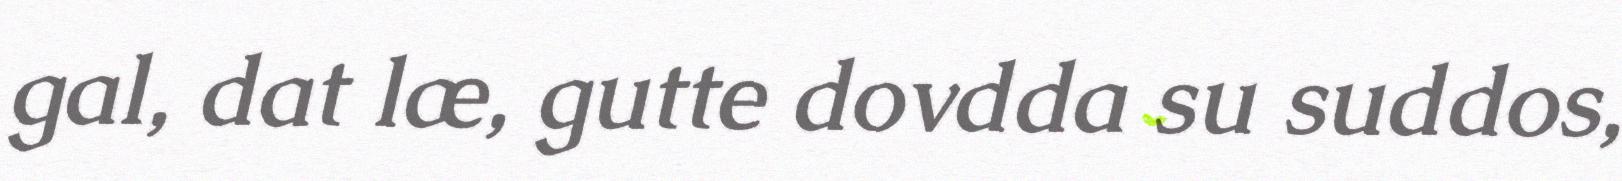
gal, dat læ, gutte dovdda su suddos,